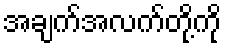
အချက်အလက်တို့ကို